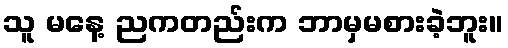
သူ မနေ့ ညကတည်းက ဘာမှမစားခဲ့ဘူး။